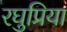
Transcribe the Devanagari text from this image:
रघुप्रिया